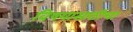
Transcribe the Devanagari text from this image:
विषयासाठीचा